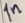
Text: In